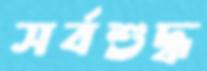
সর্বশুদ্ধ